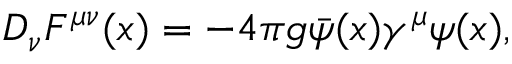
D _ { \nu } F ^ { \mu \nu } ( x ) = - 4 \pi g \bar { \psi } ( x ) \gamma ^ { \mu } \psi ( x ) ,